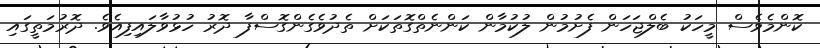
ކޮންމެވެސް މީހަކު ބެލްޖަހަން ފެށުމުން ލުކުމާން ކަންނެތްގޮތަކަށް ތެދުވެގެންގޮސްފާ ދޮރު ހުޅުވާލައިފިއެވެ. ދޮރުމަތީގައި